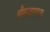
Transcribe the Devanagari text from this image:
श्रीमद्भाग्वता